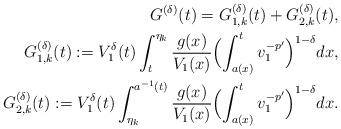
LaTeX: \begin{align*}G^{(\delta)}(t)=G_{1,k}^{(\delta)}(t)+G_{2,k}^{(\delta)}(t),\\ G_{1,k}^{(\delta)}(t):={V^{\delta}_1(t)}\int_t^{\eta_k}\frac{g(x)}{V_1(x)}\Bigl(\int_{a(x)}^tv_1^{-p'}\Bigr)^{1-\delta} dx,\\G_{2,k}^{(\delta)}(t):={V^{\delta}_1(t)}\int_{\eta_k}^{a^{-1}(t)}\frac{g(x)}{V_1(x)}\Bigl(\int_{a(x)}^tv_1^{-p'}\Bigr)^{1-\delta} dx.\end{align*}